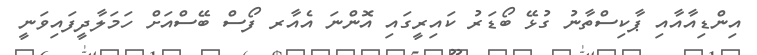
އިންޑިއާއާއި ޕާކިސްތާނު ގުޅޭ ބޯޑަރު ކައިރީގައި އޮންނަ އެއާރ ފޯސް ބޭސްއަށް ހަމަލާދީފައިވަނީ